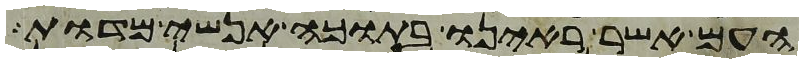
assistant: העם אשר ראינו בתוכה אנשי מדות